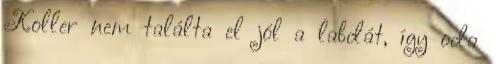
Koller nem találta el jól a labdát, így oda